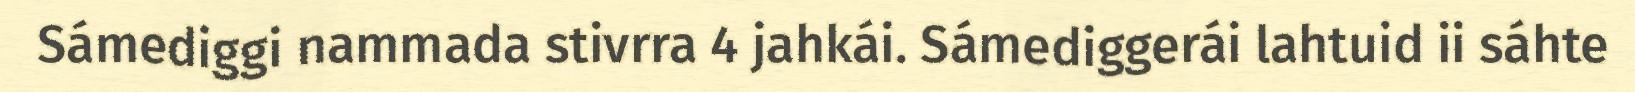
Sámediggi nammada stivrra 4 jahkái. Sámediggerái lahtuid ii sáhte